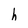
Character: h